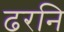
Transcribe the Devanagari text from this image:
ढरनि